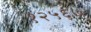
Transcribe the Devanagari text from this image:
१२५६७